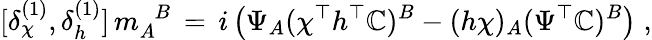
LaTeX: [\delta_{\chi}^{(1)},\delta_{h}^{(1)}]\, m_{A}^{\phantom{A}B}\, =\, i\left(\Psi_{A}(\chi^{\top}h^{\top}\mathbb{C})^{B}-(h\chi)_{A}(\Psi^{\top}\mathbb{C})^{B}\right)\; ,